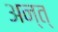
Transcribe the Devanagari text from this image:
अन्त्